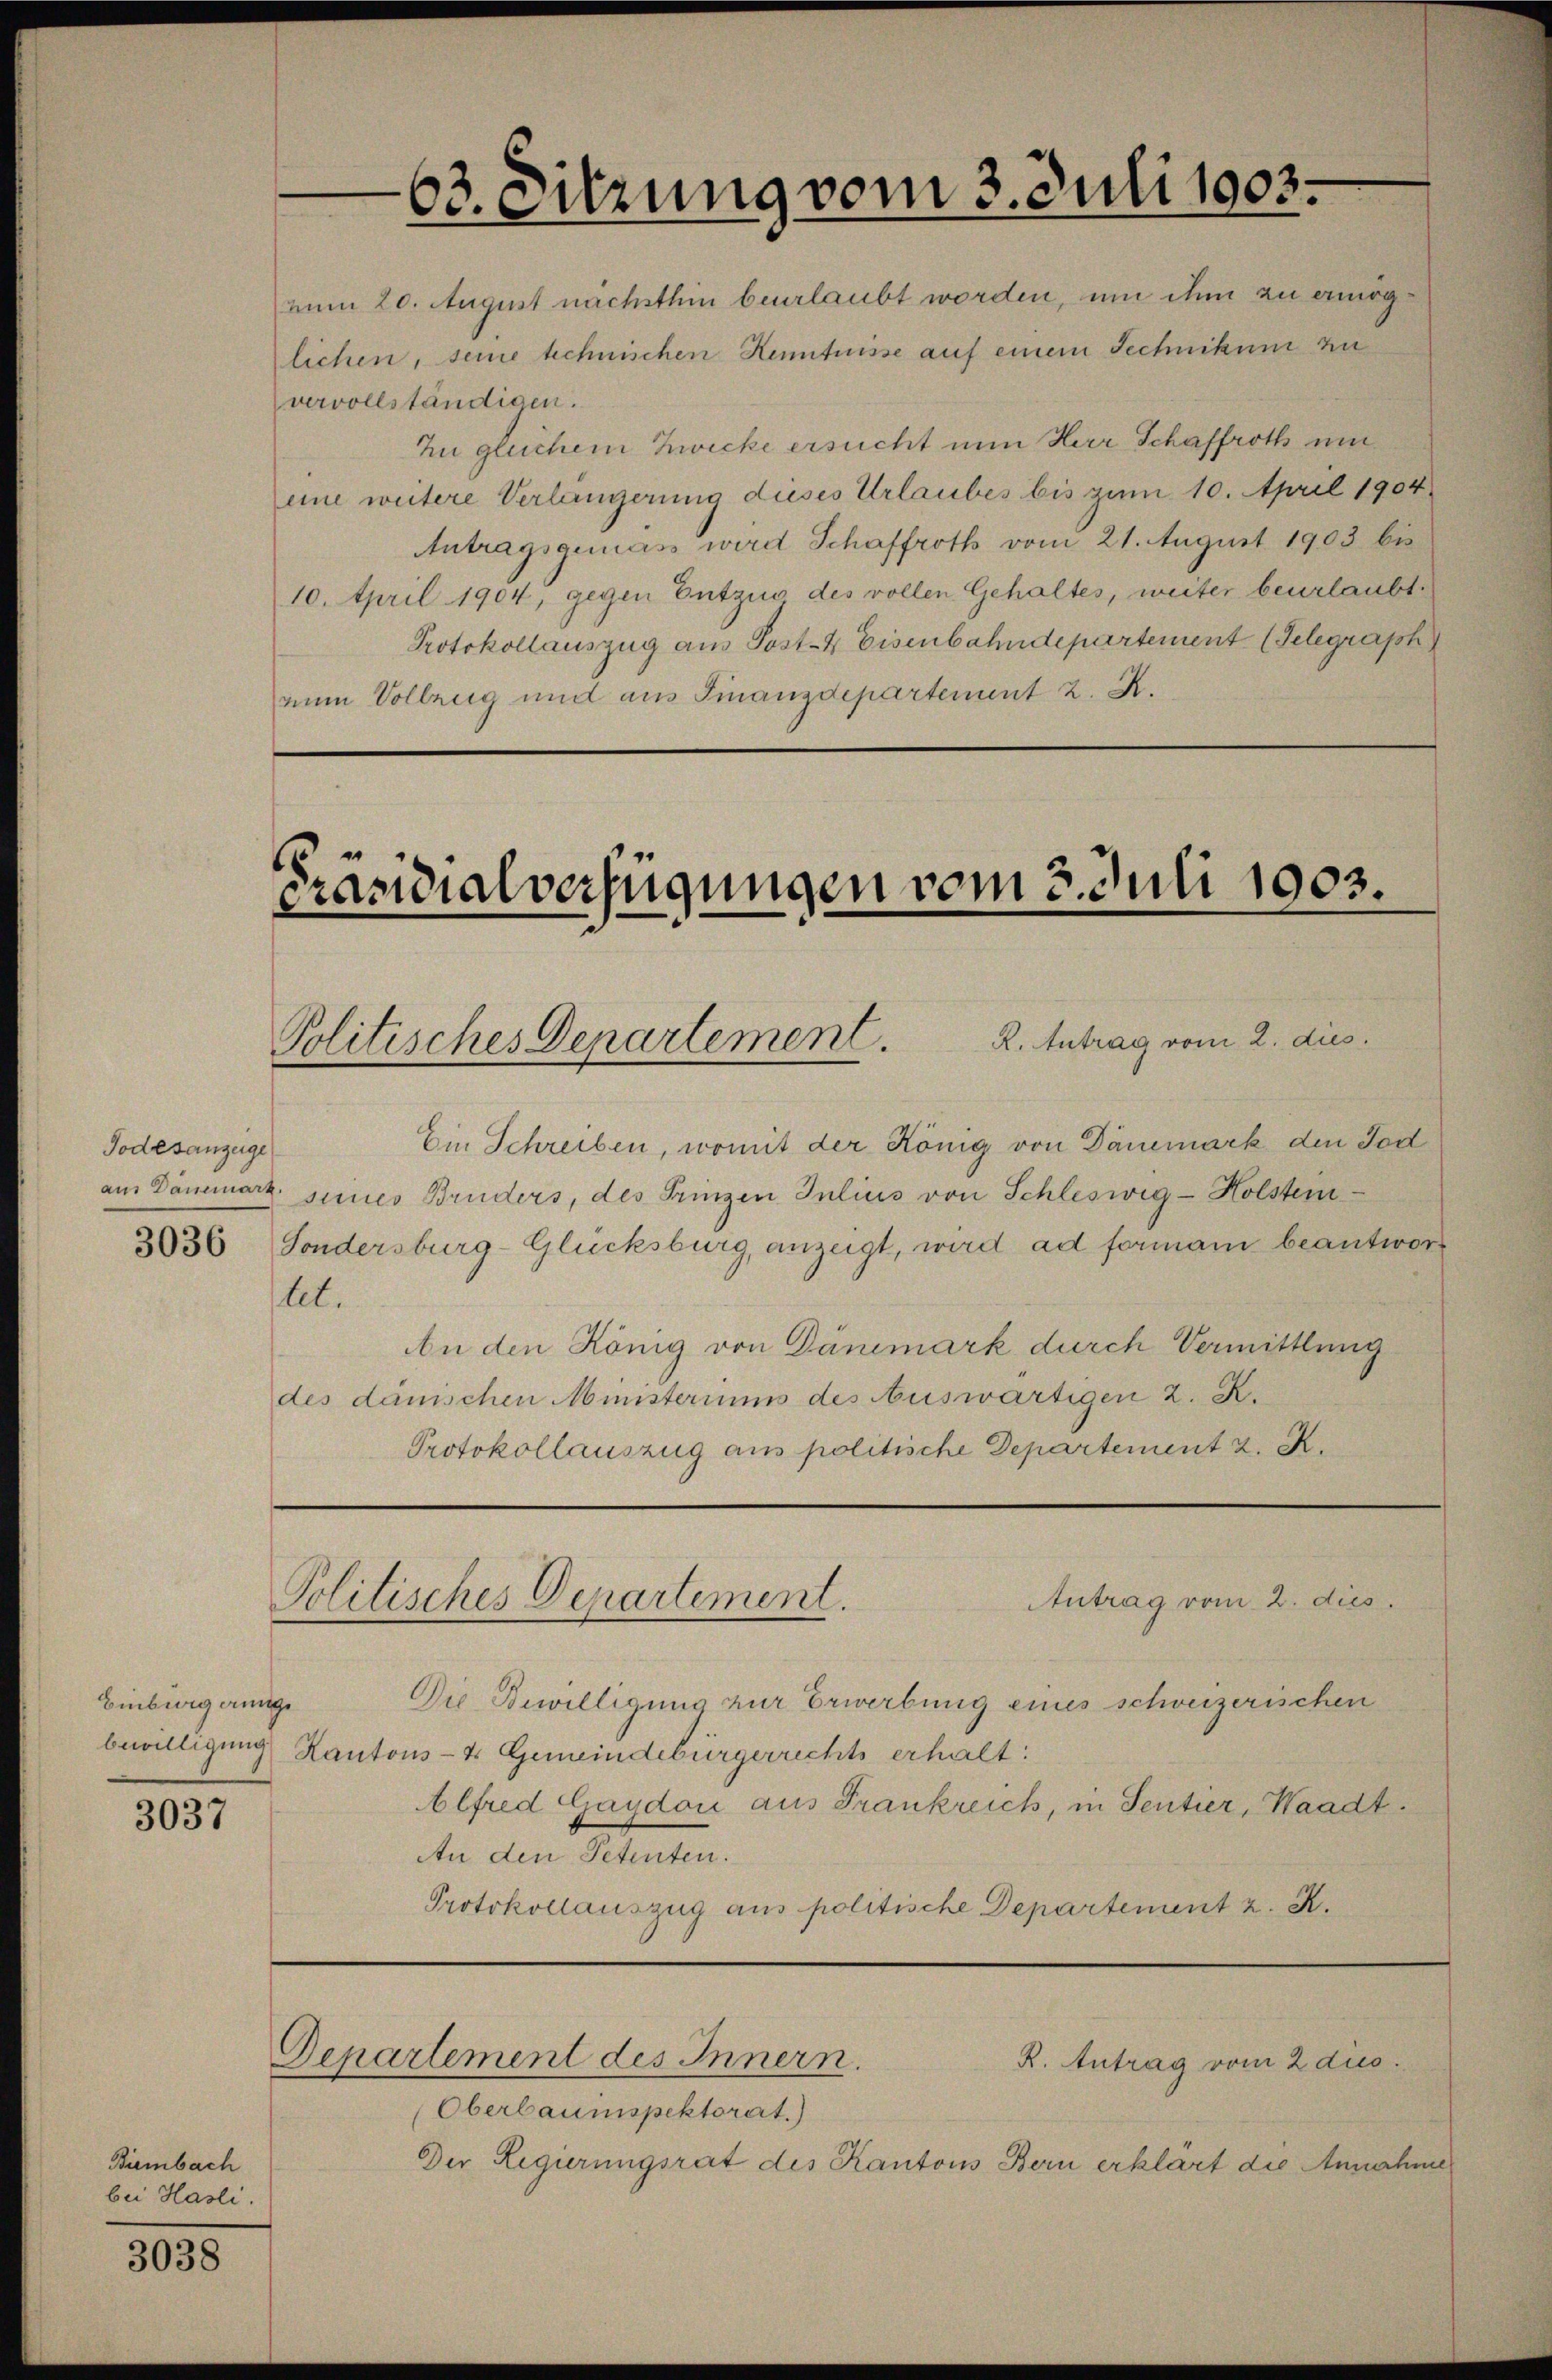
Todesanzeige

Einburg einge

3037

Bimbach
bei Hasli.

3038

63. Sitzung vom 3. Juli 1903.

mum 20. August nächsthin beurlaubt worden, um ihm zu ermöglichen, seine technischen Kenntnisse auf einem Technikum zu
vervollständigen.
Zu gleichem Zwecke ersucht nun Herr Schaffroth um
eine weitere Verlängerung dieses Urlaubes bis zum 10. April 1904
Antragsgemass wird Schaffroth vom 21. August 1903 bis
10. April 1904, gegen Entzug des vollen Gehaltes, weiter beurlaubt.
Protokollauszug aus Post- & Eisenbahndepartement (Telegraph
num Vollzug und aus Finanzdepartement 2. R.

Präsidialverfügungen vom 3. Juli 1903.
Politisches Departement. K. Antrag vom 2. dus.

Ein Schreiben, womit der König von Dänemark den Tod
am Dänemark seines Bruders, des Prinzen Julius von Schleswig-Holstem
3036 Sondersburg-Glücksburg, anzeigt, wird ad formani beantwort
let.
An den König von Dänemark durch Vermittlung
des dänischen Ministeriums des Auswärtigen 2. K.
Protokollauszug aus politische Departement z. K.

Antrag vom 2. dies
Politisches Departement.

Departement des Innern.

Die Bewilligung zur Erwerbung eines schweizerischen
bewilligung Kantons- & Gemeindebürgerrechts erhalt:
Alfred Gaydon aus Frankreich, in Sentier, Waadt.
An den Petenten.
Protokollauszug aus politische Departement z. K.

Oberbaumspektorat.)
Der Regierungsrat des Kantons Bern erklärt die Annahme

R. Antrag vom 2 dus.